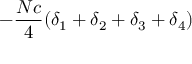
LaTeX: - { \frac { N c } { 4 } } ( \delta _ { 1 } + \delta _ { 2 } + \delta _ { 3 } + \delta _ { 4 } )